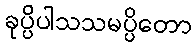
ခုပ္ပိပါသသမပ္ပိတော